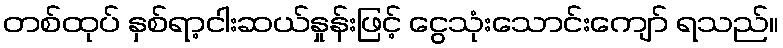
တစ်ထုပ် နှစ်ရာ့ငါးဆယ်နှုန်းဖြင့် ငွေသုံးသောင်းကျော် ရသည်။